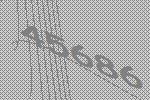
45686